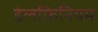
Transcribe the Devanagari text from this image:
डेलफिनियम